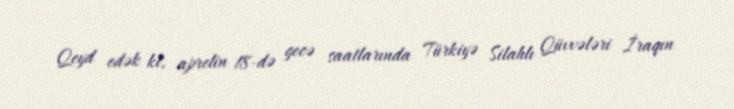
Qeyd edək ki, aprelin 18-də gecə saatlarında Türkiyə Silahlı Qüvvələri İraqın